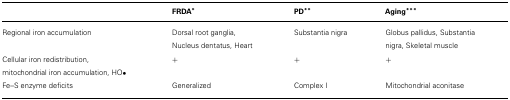
|  | FRDA* | PD** | Aging*** |
 | --- | --- | --- | --- |
 | Regional iron accumulation | Dorsal root ganglia, Nucleus dentatus, Heart | Substantia nigra | Globus pallidus, Substantia nigra, Skeletal muscle |
 | Cellular iron redistribution, mitochondrial iron accumulation, HO• | + | + | + |
 | Fe–S enzyme deficits | Generalized | Complex I | Mitochondrial aconitase |